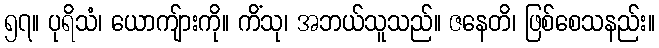
၅၇။ ပုရိသံ၊ ယောကျ်ားကို။ ကိံသု၊ အဘယ်သူသည်။ ဇနေတိ၊ ဖြစ်စေသနည်း။